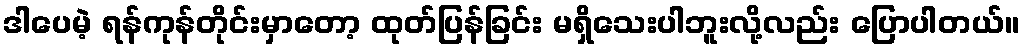
ဒါပေမဲ့ ရန်ကုန်တိုင်းမှာတော့ ထုတ်ပြန်ခြင်း မရှိသေးပါဘူးလို့လည်း ပြောပါတယ်။